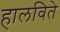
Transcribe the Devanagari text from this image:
हालविते